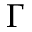
\Gamma